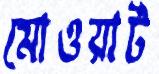
মোওয়ার্ট